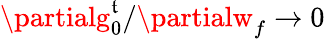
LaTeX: \partialg_{0}^{\mathfrak{t}}/\partialw_{f}\rightarrow0